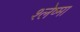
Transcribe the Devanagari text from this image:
श्‍लेष्‍मा